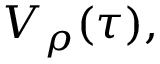
V _ { \rho } ( \tau ) ,